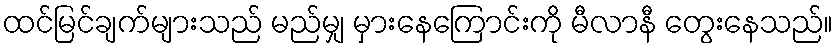
ထင်မြင်ချက်များသည် မည်မျှ မှားနေကြောင်းကို မီလာနီ တွေးနေသည်။